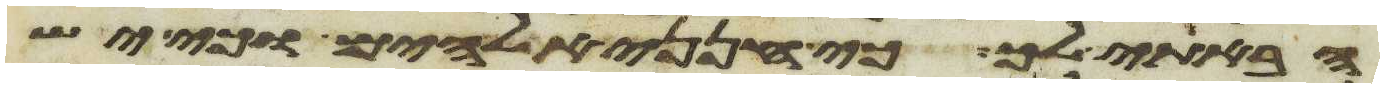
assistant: הבאתי לך כי חנני אלהים וכי יש